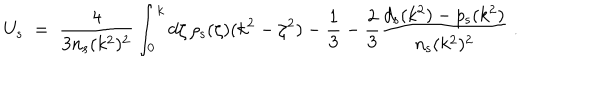
LaTeX: U _ { \mathrm { s } } \; = \; { \frac { 4 } { 3 n _ { \mathrm { s } } ( k ^ { 2 } ) ^ { 2 } } } \int _ { 0 } ^ { k } d \zeta \, \rho _ { \mathrm { s } } ( \zeta ) ( k ^ { 2 } - \zeta ^ { 2 } ) - { \frac { 1 } { 3 } } - { \frac { 2 } { 3 } } { \frac { d _ { \mathrm { s } } ( k ^ { 2 } ) - p _ { \mathrm { s } } ( k ^ { 2 } ) } { n _ { \mathrm { s } } ( k ^ { 2 } ) ^ { 2 } } } \; .